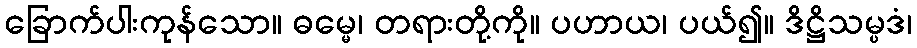
ခြောက်ပါးကုန်သော။ ဓမ္မေ၊ တရားတို့ကို။ ပဟာယ၊ ပယ်၍။ ဒိဋ္ဌိသမ္ပဒံ၊